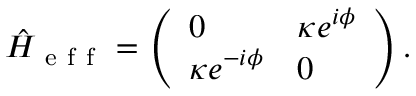
\hat { H } _ { \mathrm { ~ e ~ f ~ f ~ } } = \left( \begin{array} { l l } { 0 } & { \kappa e ^ { i \phi } } \\ { \kappa e ^ { - i \phi } } & { 0 } \end{array} \right) .